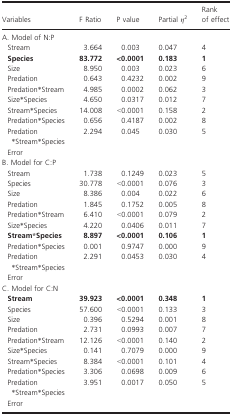
<table><thead><tr><td><b>Variables</b></td><td><b>F Ratio</b></td><td><b>P value</b></td><td><b>Partial <i>η</i><sup>2</sup></b></td><td><b>Rank of effect</b></td></tr></thead><tbody><tr><td colspan="5">A. Model of N:P</td></tr><tr><td> Stream</td><td>3.664</td><td>0.003</td><td>0.047</td><td>4</td></tr><tr><td> <b>Species</b></td><td><b>83.772</b></td><td><b>&lt;0.0001</b></td><td><b>0.183</b></td><td><b>1</b></td></tr><tr><td> Size</td><td>8.950</td><td>0.003</td><td>0.023</td><td>6</td></tr><tr><td> Predation</td><td>0.643</td><td>0.4232</td><td>0.002</td><td>9</td></tr><tr><td> Predation*Stream</td><td>4.985</td><td>0.0002</td><td>0.062</td><td>3</td></tr><tr><td> Size*Species</td><td>4.650</td><td>0.0317</td><td>0.012</td><td>7</td></tr><tr><td> Stream*Species</td><td>14.008</td><td>&lt;0.0001</td><td>0.158</td><td>2</td></tr><tr><td> Predation*Species</td><td>0.656</td><td>0.4187</td><td>0.002</td><td>8</td></tr><tr><td> Predation*Stream*Species</td><td>2.294</td><td>0.045</td><td>0.030</td><td>5</td></tr><tr><td> Error</td><td>[EMPTY_CELL]</td><td>[EMPTY_CELL]</td><td>[EMPTY_CELL]</td><td>[EMPTY_CELL]</td></tr><tr><td colspan="5">B. Model for C:P</td></tr><tr><td> Stream</td><td>1.738</td><td>0.1249</td><td>0.023</td><td>5</td></tr><tr><td> Species</td><td>30.778</td><td>&lt;0.0001</td><td>0.076</td><td>3</td></tr><tr><td> Size</td><td>8.386</td><td>0.004</td><td>0.022</td><td>6</td></tr><tr><td> Predation</td><td>1.845</td><td>0.1752</td><td>0.005</td><td>8</td></tr><tr><td> Predation*Stream</td><td>6.410</td><td>&lt;0.0001</td><td>0.079</td><td>2</td></tr><tr><td> Size*Species</td><td>4.220</td><td>0.0406</td><td>0.011</td><td>7</td></tr><tr><td> <b>Stream*Species</b></td><td><b>8.897</b></td><td><b>&lt;0.0001</b></td><td><b>0.106</b></td><td><b>1</b></td></tr><tr><td> Predation*Species</td><td>0.001</td><td>0.9747</td><td>0.000</td><td>9</td></tr><tr><td> Predation*Stream*Species</td><td>2.291</td><td>0.0453</td><td>0.030</td><td>4</td></tr><tr><td> Error</td><td>[EMPTY_CELL]</td><td>[EMPTY_CELL]</td><td>[EMPTY_CELL]</td><td>[EMPTY_CELL]</td></tr><tr><td colspan="5">C. Model for C:N</td></tr><tr><td> <b>Stream</b></td><td><b>39.923</b></td><td><b>&lt;0.0001</b></td><td><b>0.348</b></td><td><b>1</b></td></tr><tr><td> Species</td><td>57.600</td><td>&lt;0.0001</td><td>0.133</td><td>3</td></tr><tr><td> Size</td><td>0.396</td><td>0.5294</td><td>0.001</td><td>8</td></tr><tr><td> Predation</td><td>2.731</td><td>0.0993</td><td>0.007</td><td>7</td></tr><tr><td> Predation*Stream</td><td>12.126</td><td>&lt;0.0001</td><td>0.140</td><td>2</td></tr><tr><td> Size*Species</td><td>0.141</td><td>0.7079</td><td>0.000</td><td>9</td></tr><tr><td> Stream*Species</td><td>8.384</td><td>&lt;0.0001</td><td>0.101</td><td>4</td></tr><tr><td> Predation*Species</td><td>3.306</td><td>0.0698</td><td>0.009</td><td>6</td></tr><tr><td> Predation*Stream*Species</td><td>3.951</td><td>0.0017</td><td>0.050</td><td>5</td></tr><tr><td> Error</td><td>[EMPTY_CELL]</td><td>[EMPTY_CELL]</td><td>[EMPTY_CELL]</td><td>[EMPTY_CELL]</td></tr></tbody></table>